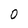
Character: 0